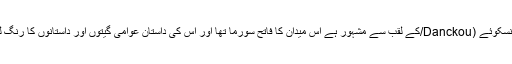
روسی سپہ سالار دیمتری (جودانسکوئے (Danckou/کے لقب سے مشہور ہے اس میدان کا فاتح سورما تھا اور اس کی داستان عوامی گیتوں اور داستانوں کا رنگ لیے ہوئے گاؤں گاؤں پھیل گئی۔